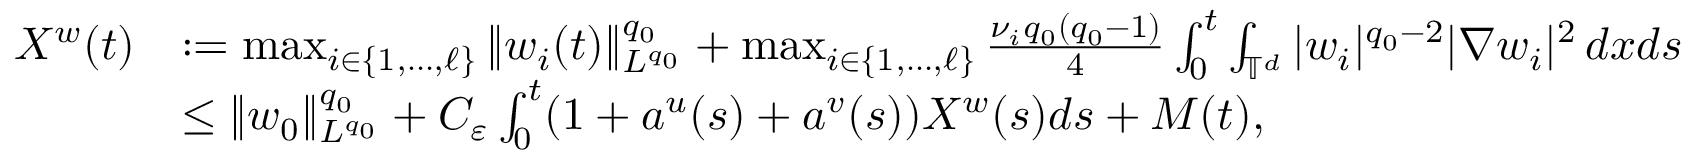
\begin{array} { r l } { X ^ { w } ( t ) } & { : = \operatorname* { m a x } _ { i \in \{ 1 , \ldots , \ell \} } \| w _ { i } ( t ) \| _ { L ^ { q _ { 0 } } } ^ { q _ { 0 } } + \operatorname* { m a x } _ { i \in \{ 1 , \ldots , \ell \} } \frac { \nu _ { i } q _ { 0 } ( q _ { 0 } - 1 ) } { 4 } \int _ { 0 } ^ { t } \int _ { \mathbb { T } ^ { d } } | w _ { i } | ^ { q _ { 0 } - 2 } | \nabla w _ { i } | ^ { 2 } \, d x d s } \\ & { \leq \| w _ { 0 } \| _ { L ^ { q _ { 0 } } } ^ { q _ { 0 } } + C _ { \varepsilon } \int _ { 0 } ^ { t } ( 1 + a ^ { u } ( s ) + a ^ { v } ( s ) ) X ^ { w } ( s ) d s + M ( t ) , } \end{array}